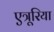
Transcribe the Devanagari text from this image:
एत्रूरिया